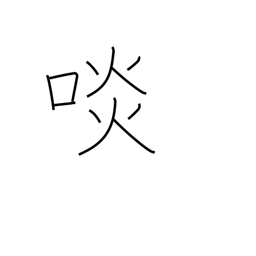
Meaning: eat